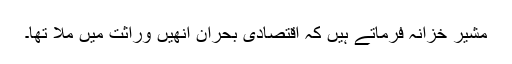
مشیر خزانہ فرماتے ہیں کہ اقتصادی بحران انھیں وراثت میں ملا تھا۔